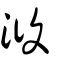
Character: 澓